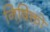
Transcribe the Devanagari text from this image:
निषिक्तो